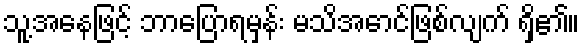
သူ့အနေဖြင့် ဘာပြောရမှန်း မသိအောင်ဖြစ်လျက် ရှိ၏။